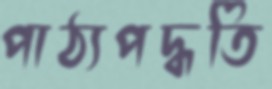
পাঠ্যপদ্ধতি